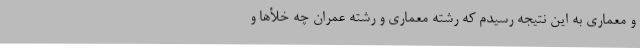
و معماری به این نتیجه رسیدم که رشته معماری و رشته عمران چه خلأها و